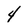
Character: 4